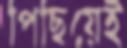
পিছিয়েই